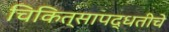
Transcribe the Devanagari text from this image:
चिकित्सापद्धतीचे